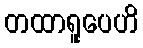
တထာရူပေဟိ